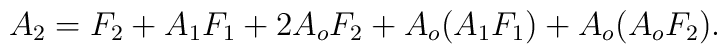
A_2=F_2+A_1F_1+2A_oF_2+A_o(A_1F_1)+A_o(A_oF_2).